Vaccination in the Punjab 1919-1929 - 1919-1929
Year: 1919
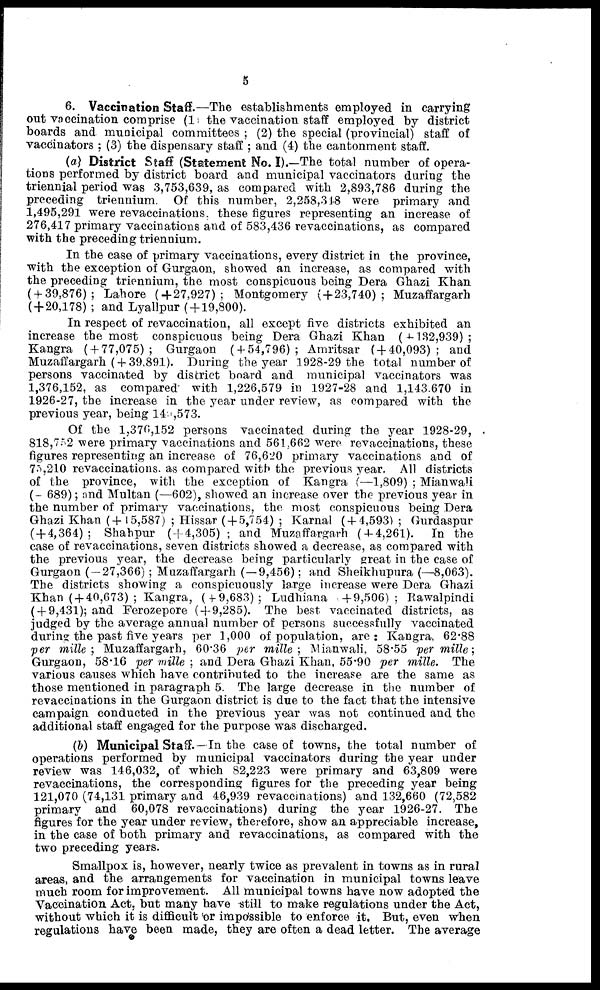
5
6. Vaccination Staff.—The establishments employed in carrying
out vaccination comprise (1) the vaccination staff employed by district
boards and municipal committees ; (2) the special (provincial) staff of
vaccinators ; (3) the dispensary staff ; and (4) the cantonment staff.
(a) District Staff (Statement No. I).—The total number of opera-
tions performed by district board and municipal vaccinators during the
triennial period was 3,753,639, as compared with 2,893,786 during the
preceding triennium. Of this number, 2,258,348 were primary and
1,495,291 were revaccinations. these figures representing an increase of
276,417 primary vaccinations and of 583,436 revaccinations, as compared
with the preceding triennium.
In the case of primary vaccinations, every district in the province,
with the exception of Gurgaon, showed an increase, as compared with
the preceding triennium, the most conspicuous being Dera Ghazi Khan
(+39,876); Lahore (+27,927); Montgomery (+23,740); Muzaffargarh
( + 20,178) ; and Lyallpur ( + 19,800).
In respect of revaccination, all except five districts exhibited an
increase the most conspicuous being Dera Ghazi Khan (+ 132,939);
Kangra ( + 77,075); Gurgaon ( + 54,796); Amritsar ( + 40,093); and
Muzaffargarh ( + 39,891). During the year 1928-29 the total number of
persons vaccinated by district board and municipal vaccinators was
1,376,152, as compared with 1,226,579 in 1927-28 and 1,143.670 in
1926-27, the increase in the year under review, as compared with the
previous year, being 140,573.
Of the 1,376,152 persons vaccinated during the year 1928-29,
818,752 were primary vaccinations and 561,662 were revaccinations, these
figures representing an increase of 76,620 primary vaccinations and of
75,210 revaccinations. as compared with the previous year. All districts
of the province, with the exception of Kangra (—1,809) ; Mianwali
(- 689); and Multan (—602), showed an increase over the previous year in
the number of primary vaccinations, the most conspicuous being Dera
Ghazi Khan (+15,587) ; Hissar ( + 5,754) ; Karnal ( + 4,593) ; Gurdaspur
( + 4,364); Shahpur ( + 4,305); and Muzaffargarh (+4,261). In the
case of revaccinations, seven districts showed a decrease, as compared with
the previous year, the decrease being particularly great in the case of
Gurgaon (—27,366) ; Muzaffargarh ( — 9,456); and Sheikhupura (—8,063).
The districts showing a conspicuously large increase were Dera Ghazi
Khan ( + 40,673) ; Kangra, ( + 9,683); Ludhiana +9,506); Rawalpindi
( + 9,431); and Ferozepore ( + 9,285). The best vaccinated districts, as
judged by the average annual number of persons successfully vaccinated
during the past five years per 1,000 of population, are: Kangra, 62.88
per mille ; Muzaffargarh, 60.36 per mille ; Mianwali, 58.55 per mille;
Gurgaon, 58.16 per mille ; and Dera Ghazi Khan, 55.90 per mille. The
various causes which have contributed to the increase are the same as
those mentioned in paragraph 5. The large decrease in the number of
revaccinations in the Gurgaon district is due to the fact that the intensive
campaign conducted in the previous year was not continued and the
additional staff engaged for the purpose was discharged.
(b) Municipal Staff.— In the case of towns, the total number of
operations performed by municipal vaccinators during the year under
review was 146,032, of which 82,223 were primary and 63,809 were
revaccinations, the corresponding figures for the preceding year being
121,070 (74,131 primary and 46,939 revaccinations) and 132,660 (72,582
primary and 60,078 revaccinations) during the year 1926-27. The
figures for the year under review, therefore, show an appreciable increase,
in the case of both primary and revaccinations, as compared with the
two preceding years.
Smallpox is, however, nearly twice as prevalent in towns as in rural
areas, and the arrangements for vaccination in municipal towns leave
much room for improvement. All municipal towns have now adopted the
Vaccination Act. but many have still to make regulations under the Act,
without which it is difficult or impossible to enforce it. But, even when
regulations have been made, they are often a dead letter. The average